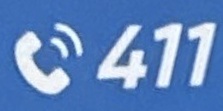
411